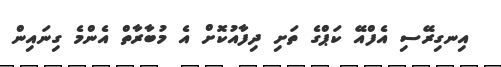
އިނގިރޭސި އެފްއޭ ކަޕްގެ ތަށި ދިފާއުކޮށް އެ މުބާރާތް އެންމެ ގިނައިން